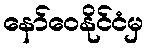
နော်ဝေနိုင်ငံမှ